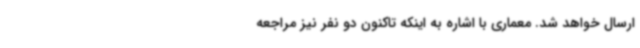
ارسال خواهد شد. معماری با اشاره به اینکه تاکنون دو نفر نیز مراجعه